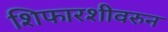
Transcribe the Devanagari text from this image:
शिफारशीवरुन